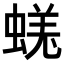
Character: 𧎉